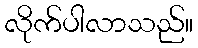
လိုက်ပါလာသည်။